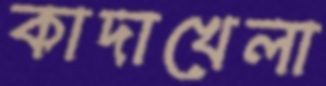
কাদাখেলা